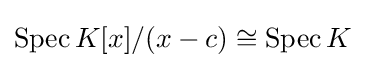
\operatorname {Spec} K[x]/(x-c)\cong \operatorname {Spec} K